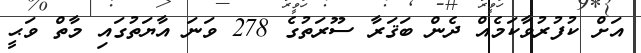
އަށް ކުފުރުވާކަމެއް ދެން ބަޤަރާ ސޫރަތުގެ 278 ވަނަ އާޔަތުގައި މާތް ވަޙީ